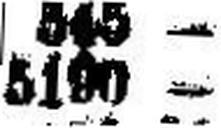
5190 —